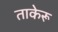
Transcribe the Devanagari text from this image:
ताकेरू